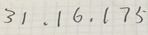
3 1 , 1 6 , 1 7 5